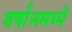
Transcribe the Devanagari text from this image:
वर्षानमध्ये